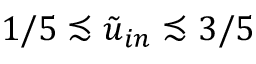
1 / 5 \precsim \tilde { u } _ { i n } \precsim 3 / 5